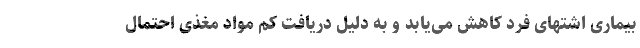
بیماری اشتهای فرد کاهش می‌یابد و به دلیل دریافت کم مواد مغذی احتمال